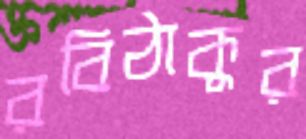
রবিঠাকুর